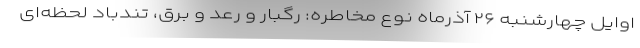
اوایل چهارشنبه ۲۶ آذرماه نوع مخاطره: رگبار و رعد و برق، تندباد لحظه‌ای